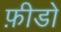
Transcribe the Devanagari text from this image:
फ़ीडो